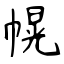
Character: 幌